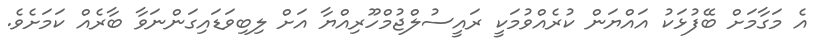
އެ މަގާމަށް ބޭފުޅަކު އައްޔަން ކުރެއްވުމަކީ ރައީސުލްޖުމްހޫރިއްޔާ އަށް ލިބިވަޑައިގަންނަވާ ބާރެއް ކަމަށެވެ.